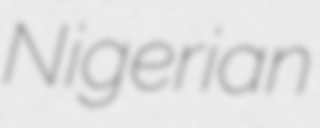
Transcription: Nigerian